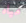
مياه